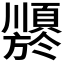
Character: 𬱍